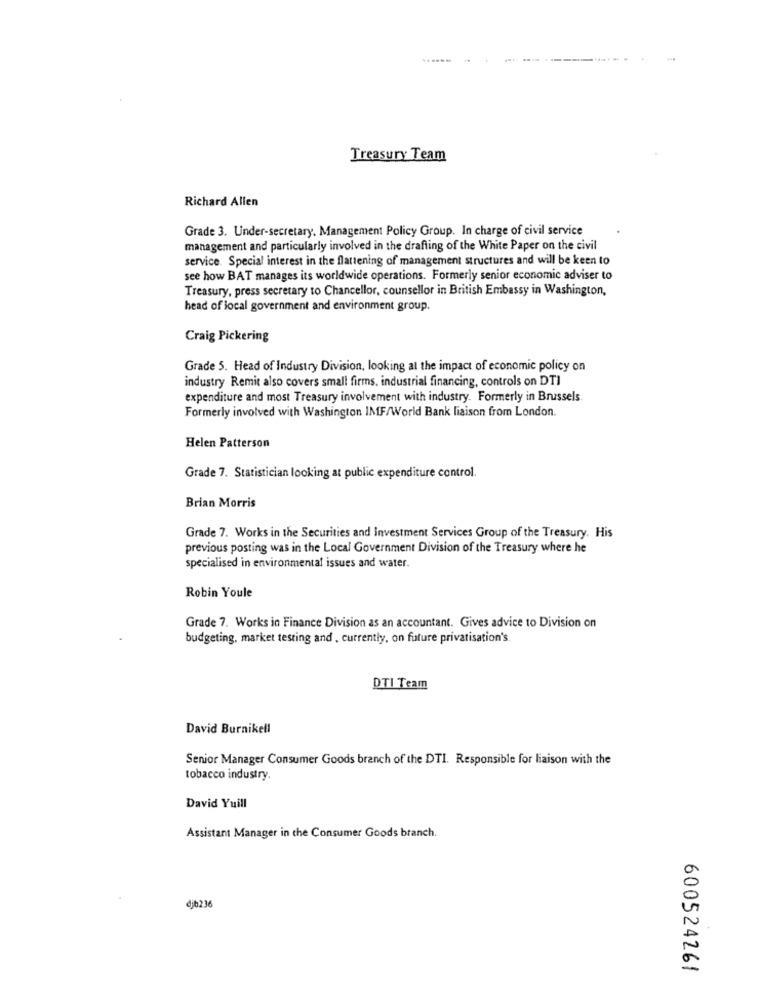
..----
Treasury Team
Richard Allen
Grade 3. Under-secretary, Management Policy Group. In charge of civil service
management and particularly involved in the drafting of the White Paper on the civil
service. Special interest in the flattening of management structures and will be keen to
see how BAT manages its worldwide operations. Formerly senior economic adviser to
Treasury, press secretary to Chancellor, counsellor in British Embassy in Washington,
head of local government and environment group.
Craig Pickering
Grade 5. Head of Industry Division, looking at the impact of economic policy on
industry Remit also covers small firms. industrial financing, controls on DTI
expenditure and most Treasury involvement with industry. Formerly in Brussels
Formerly involved with Washington IMF/World Bank liaison from London.
Helen Patterson
Grade 7. Statistician looking at public expenditure control.
Brian Morris
Grade 7. Works in the Securities and Investment Services Group of the Treasury. His
previous posting was in the Local Government Division of the Treasury where he
specialised in environmental issues and water.
Robin Youle
Grade 7. Works in Finance Division as an accountant. Gives advice to Division on
budgeting, market testing and , currently, on future privatisation's.
DTI Team
David Burnikell
Senior Manager Consumer Goods branch of the DTI. Responsible for liaison with the
tobacco industry.
David Yuill
Assistant Manager in the Consumer Goods branch.
djb236
600524261